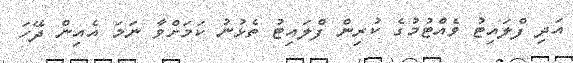
އަދި ފްލައިޓު ވެއްޓުމުގެ ކުރިން ފްލައިޓު ތެޅުނު ކަމަށްވާ ނަމަ އެއިން ދޭހަ